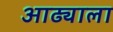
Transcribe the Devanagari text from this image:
आढ्याला